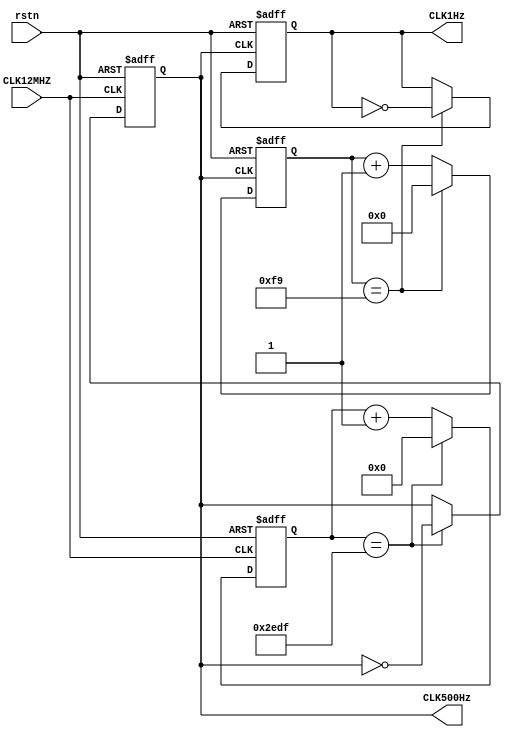
`timescale 1ns / 1ps
//////////////////////////////////////////////////////////////////////////////////
// Company: 
// Engineer: 
// 
// Design Name: 
// Module Name: clock_tree
// Project Name: 
// Target Devices: 
// Tool Versions: 
// Description: 
// 
// Dependencies: 
// 
// Revision:
// Revision 0.01 - File Created
// Additional Comments:
// 
//////////////////////////////////////////////////////////////////////////////////

module clock_tree(
    input CLK12MHZ,         
    input rstn,             //NON_SYNC RESET (ACTIVE LOW)
    output reg CLK500Hz,    //OUTPUT - 500Hz CLOCK;
    output reg CLK1Hz       //OUTPUT - 1Hz   CLOCK;
    );

reg [13:0] CLK_CNTER_500Hz;
reg [7:0] CLK_CNTER_1Hz;

//Generate 500Hz CLK; 
always@(posedge CLK12MHZ, negedge rstn) begin
    if(!rstn) begin
        CLK_CNTER_500Hz<=14'h0000;
        CLK500Hz <= 1'b0;
    end
    else begin
        if(CLK_CNTER_500Hz == 14'd12_000-1'b1) begin
            CLK500Hz <= ~ CLK500Hz;
            CLK_CNTER_500Hz <= 14'h0000;
        end
        else CLK_CNTER_500Hz <= CLK_CNTER_500Hz + 1'b1;
    end
end

//Generate 1Hz CLK;
always@(posedge CLK500Hz, negedge rstn)begin
    if(!rstn) begin
        CLK_CNTER_1Hz<=8'h00;
        CLK1Hz <= 1'b0;
    end
    else begin
        if(CLK_CNTER_1Hz == 8'd250-1'b1) begin
            CLK1Hz <= ~ CLK1Hz;
            CLK_CNTER_1Hz <= 8'h00;
        end
        else CLK_CNTER_1Hz <= CLK_CNTER_1Hz + 1'b1;
    end
end

endmodule